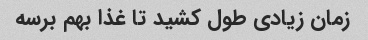
زمان زیادی طول کشید تا غذا بهم برسه